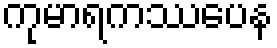
ကုမာရကဿပေန